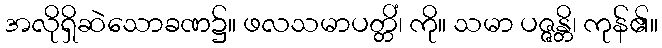
အလိုရှိဆဲသောခဏ၌။ ဖလသမာပတ္တိံ၊ ကို။ သမာ ပဇ္ဇန္တိ၊ ကုန်၏။